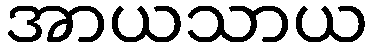
အာယသာယ